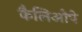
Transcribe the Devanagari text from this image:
कैलिओपे